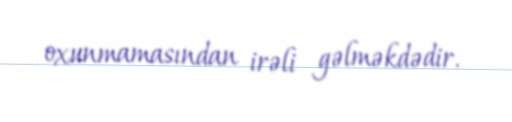
oxunmamasından irəli gəlməkdədir.